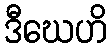
ဒီဃေဟိ